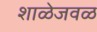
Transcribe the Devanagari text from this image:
शाळेजवळ